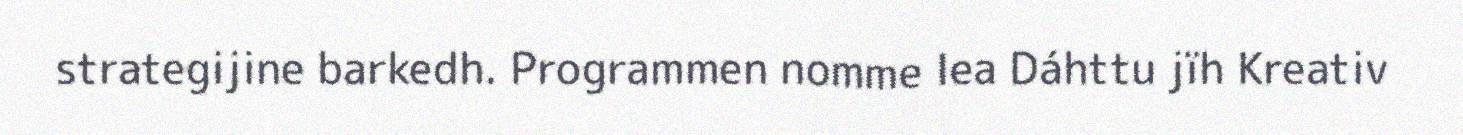
strategijine barkedh. Programmen nomme lea Dáhttu jïh Kreativ